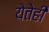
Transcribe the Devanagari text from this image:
येतेही